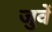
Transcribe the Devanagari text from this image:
जुवें